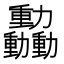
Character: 𫦿